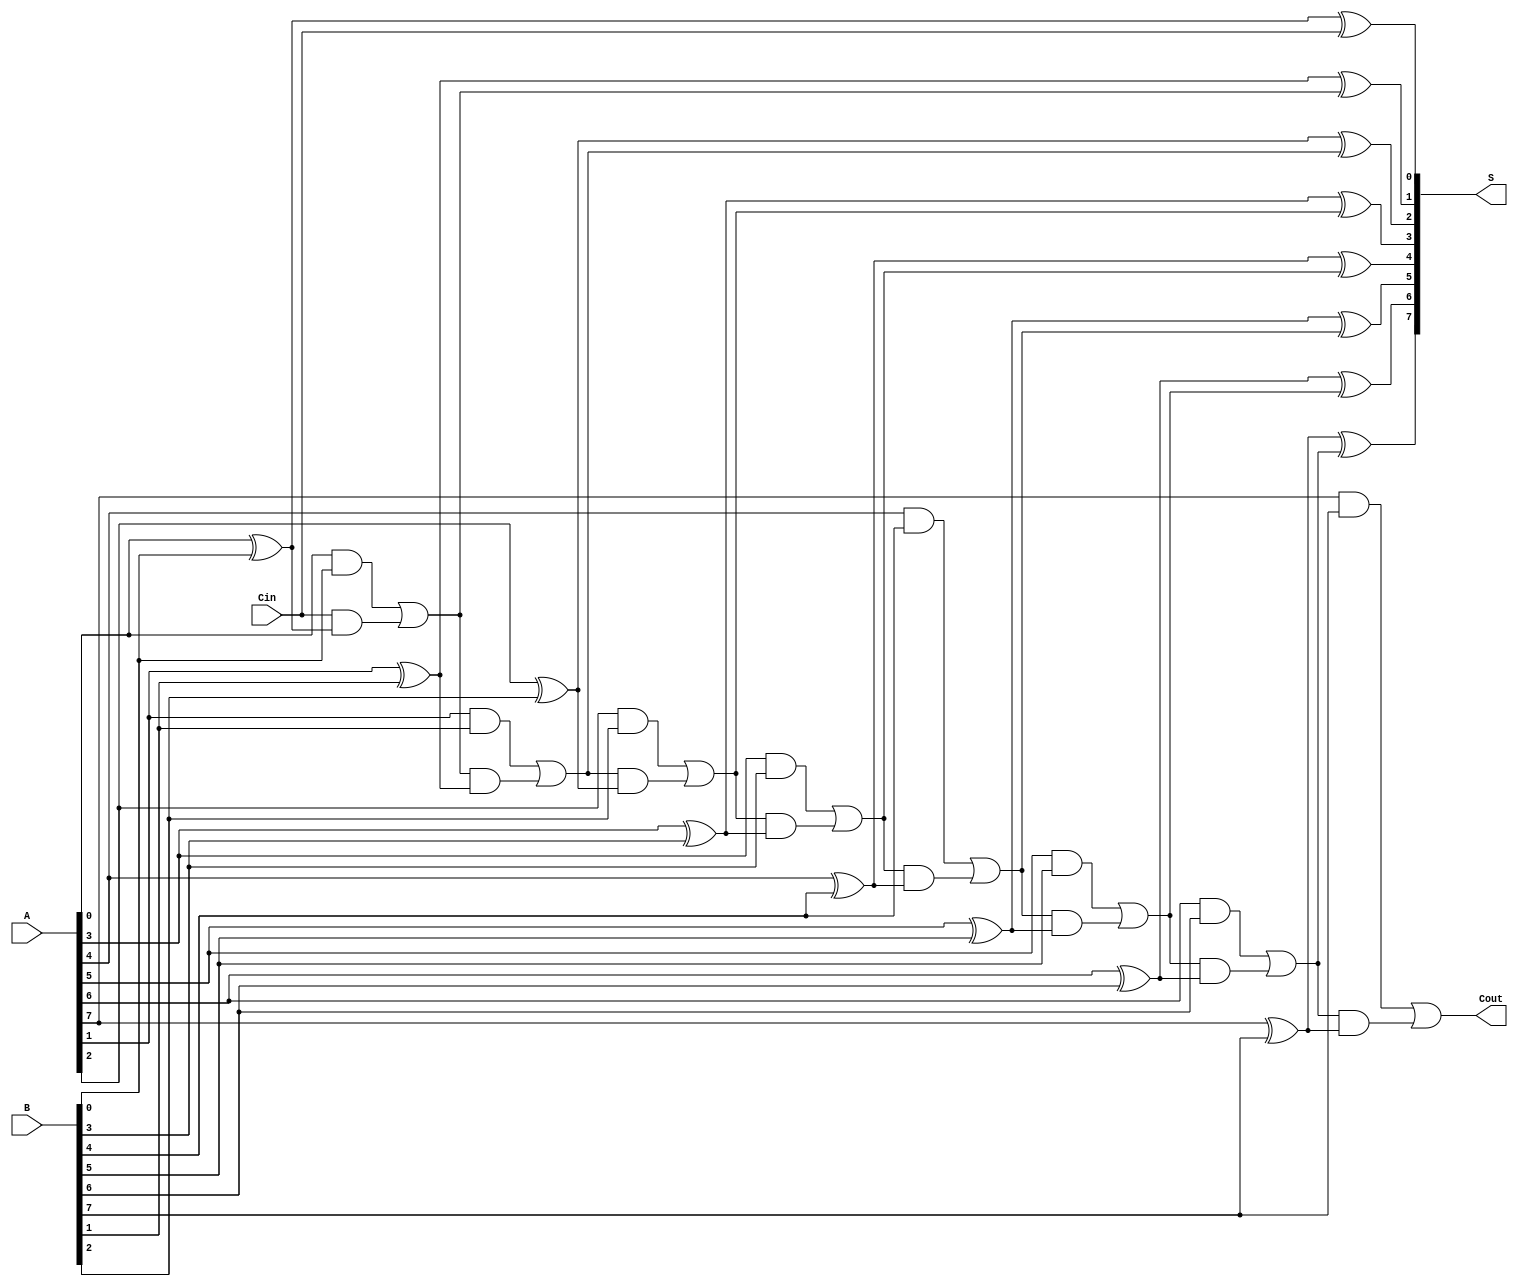
module LingAdder #(parameter n = 8) (
    input  wire [n-1:0] A,      // First n-bit binary number
    input  wire [n-1:0] B,      // Second n-bit binary number
    input  wire Cin,             // Carry-in bit
    output wire [n-1:0] S,       // n-bit sum output
    output wire Cout             // Carry-out bit
);

    wire [n:0] C;               // Carry bits, C[0] is Cin, C[n] is Cout

    // Generate carry bits
    assign C[0] = Cin;          // Initial carry-in
    genvar i;
    generate
        for (i = 0; i < n; i = i + 1) begin : carry_generation
            assign C[i+1] = (A[i] & B[i]) | (C[i] & (A[i] ^ B[i]));
        end
    endgenerate

    // Generate sum bits
    generate
        for (i = 0; i < n; i = i + 1) begin : sum_generation
            assign S[i] = A[i] ^ B[i] ^ C[i];
        end
    endgenerate

    // Assign the final carry-out
    assign Cout = C[n];

endmodule